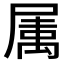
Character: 𭕭